DOW-UAP-D49, Launch Summary, Vandenberg AFB, 2000
Agency: Department of War
Incident date: 2/3/00
Page 81
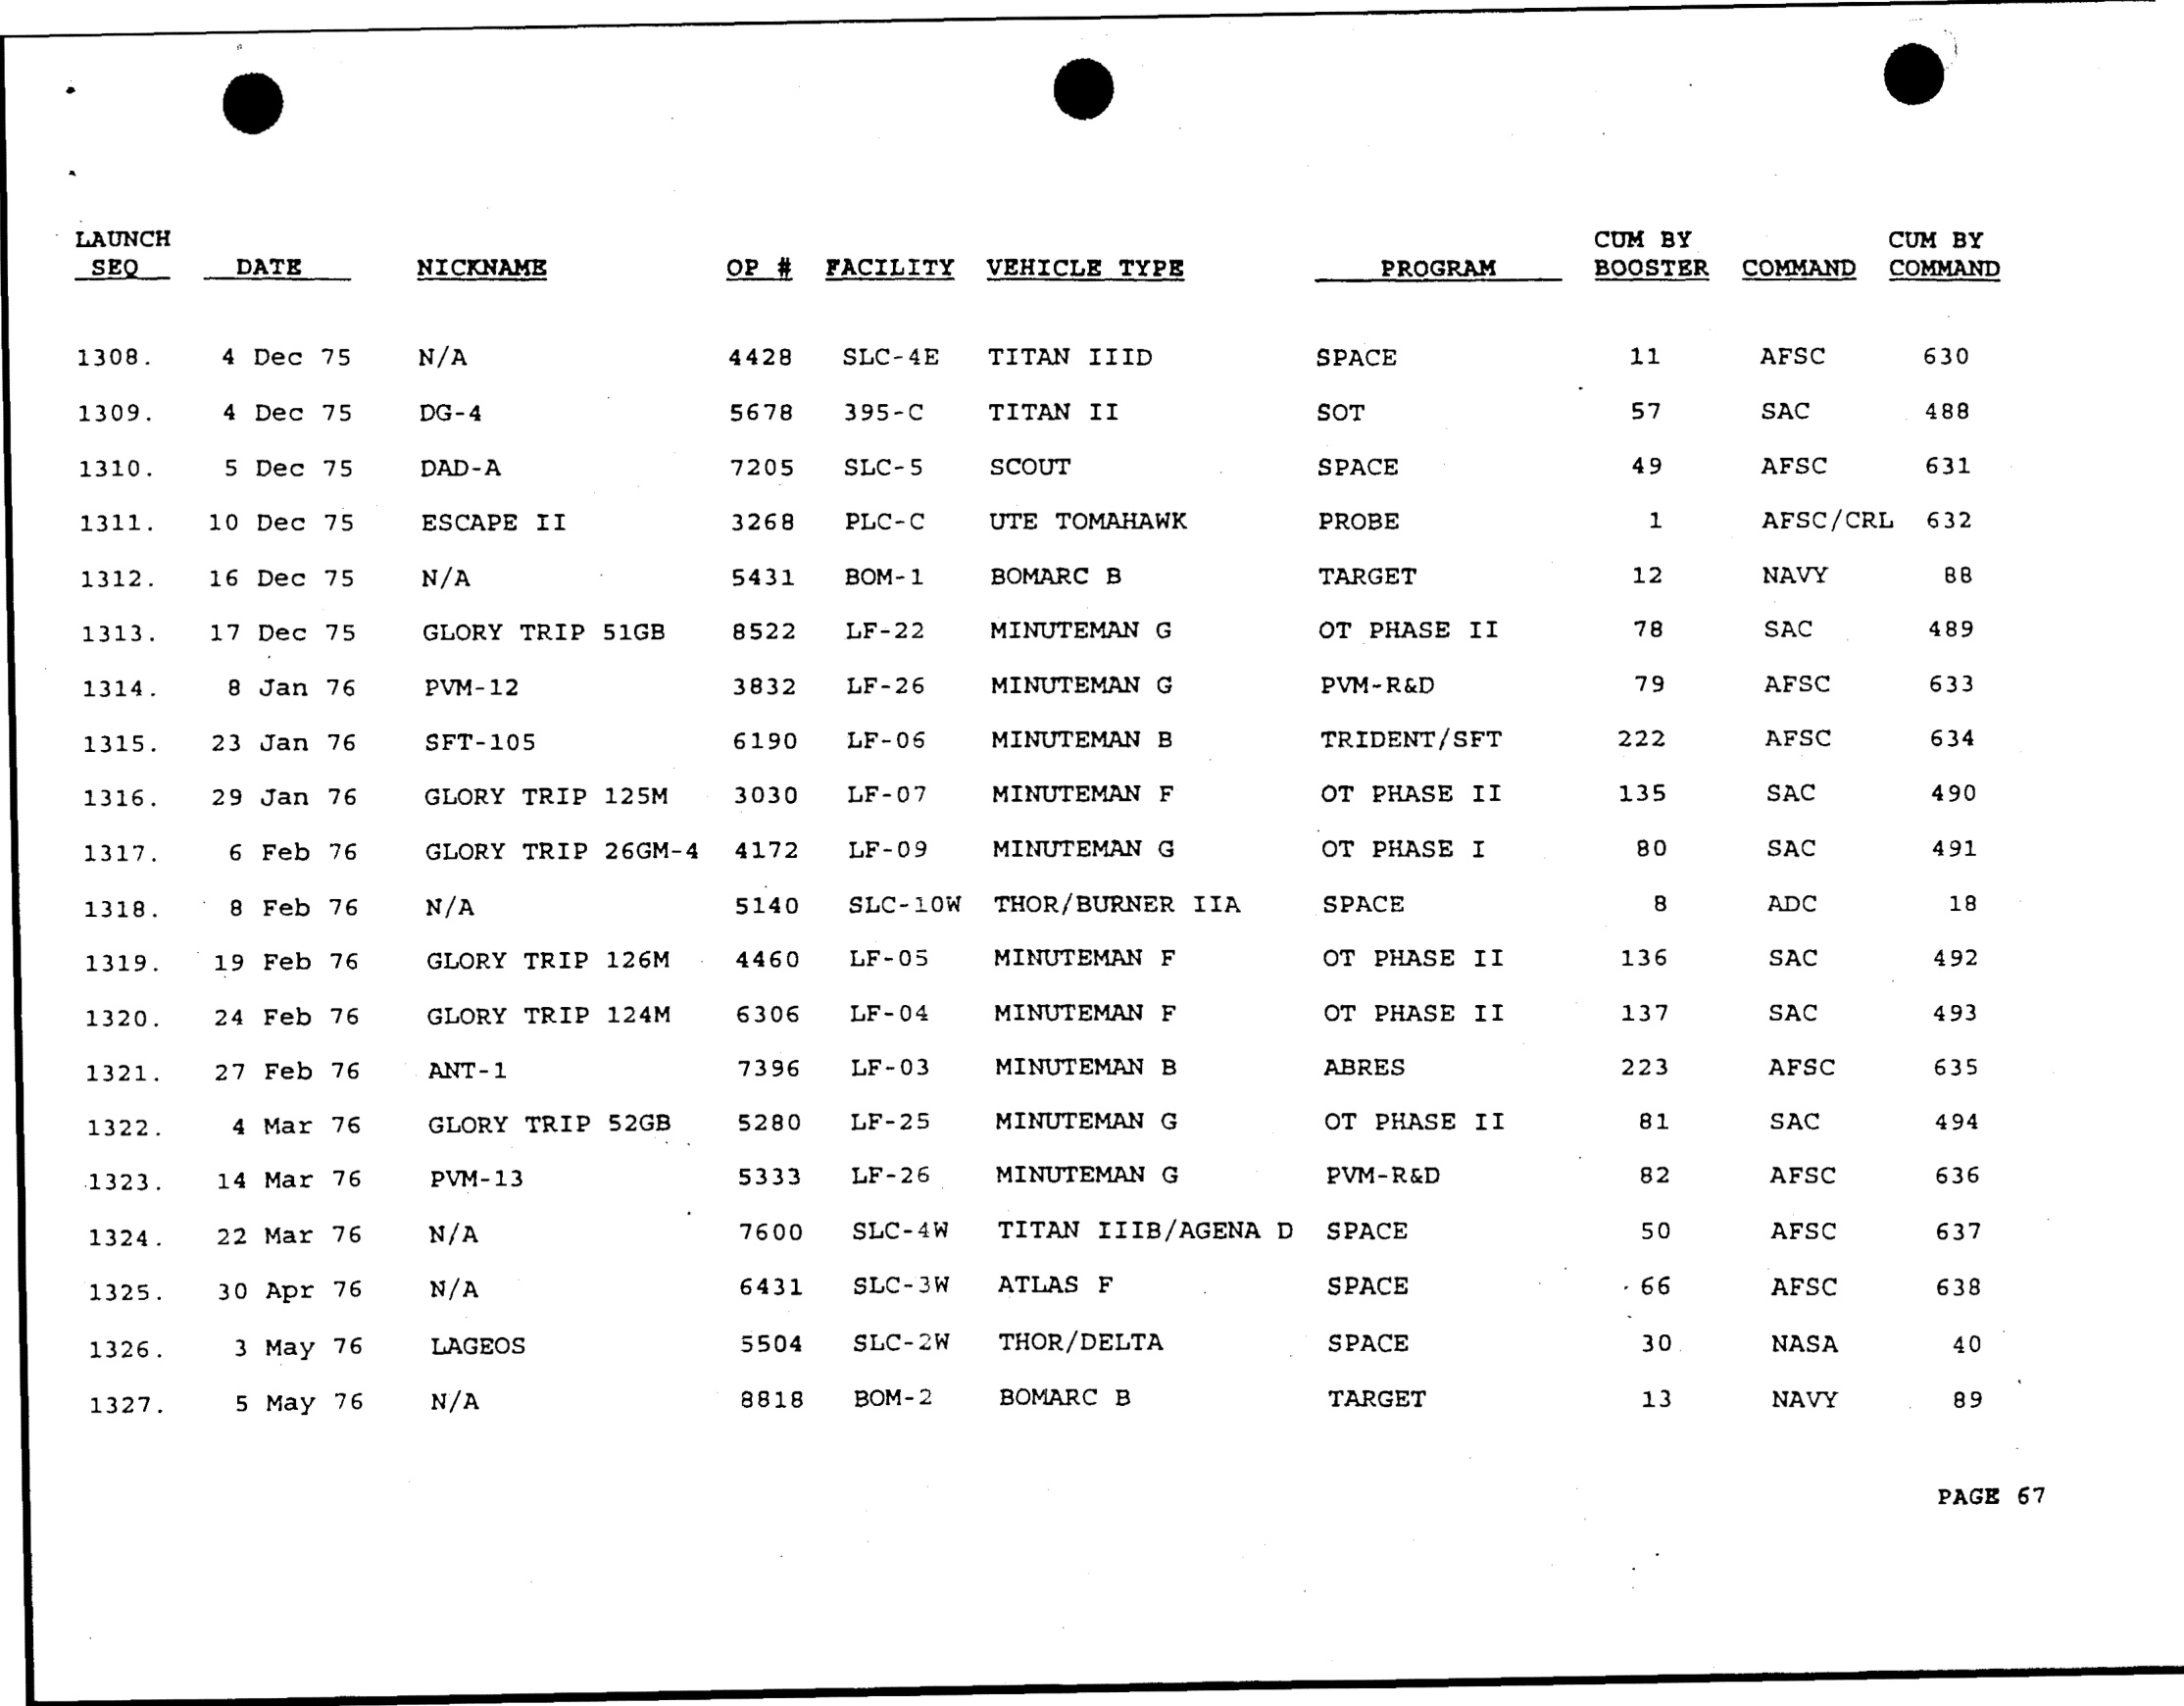